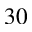
3 0